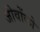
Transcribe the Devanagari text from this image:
जीवोंको